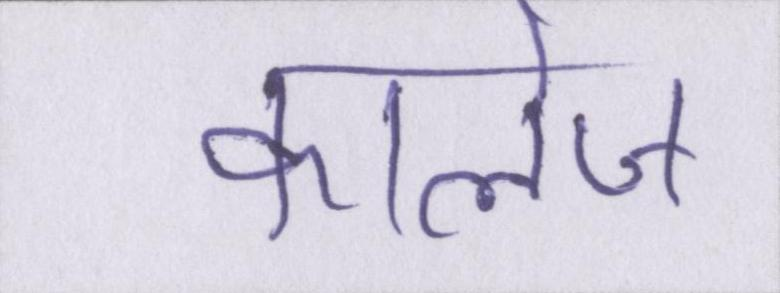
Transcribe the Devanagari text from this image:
कालेज